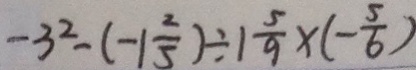
- 3 ^ { 2 } - ( - 1 \frac { 2 } { 5 } ) \div 1 \frac { 5 } { 9 } \times ( - \frac { 5 } { 6 } )